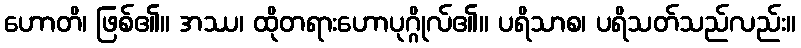
ဟောတိ၊ ဖြစ်၏။ အဿ၊ ထိုတရားဟောပုဂ္ဂိုလ်၏။ ပရိသာစ၊ ပရိသတ်သည်လည်း။